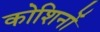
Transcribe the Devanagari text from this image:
कोशिनों